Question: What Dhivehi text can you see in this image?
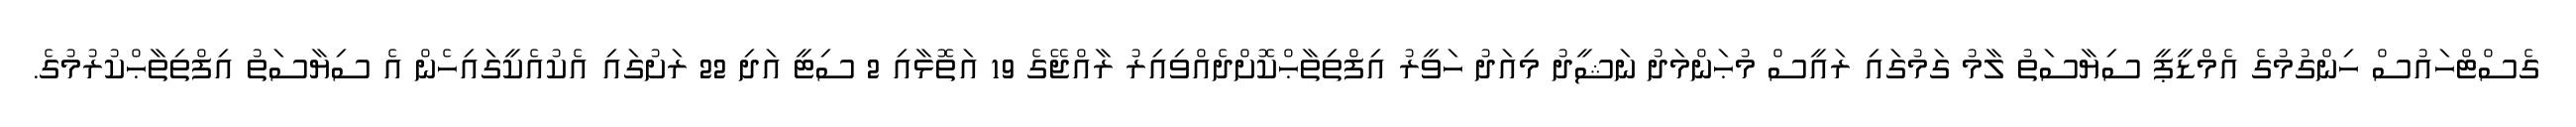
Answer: ގެސްޓްހައުސް ހިންގުމުގެ އެމްޑީޕީ ސިޔާސަތު ލާމު ގަމުގައި ރައީސް މުޙަންމަދު ނަޝީދު މިއަދު ހަވީރު އިފްތިތާޙްކޮށްދެއްވިއިރު ރާއްޖޭގެ 19 އަތޮޅާއި 2 ސިޓީ އަދި 22 ރަށުގައި އެކުއެކީގައިހެން އެ ސިޔާސަތު އިފްތިތާޙްކުރުމުގެ.